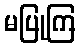
မပြုကြ